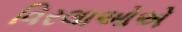
વિરલાઓએ